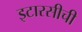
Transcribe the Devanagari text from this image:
इटारसीची